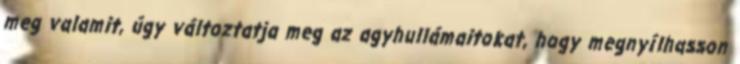
meg valamit, úgy változtatja meg az agyhullámaitokat, hogy megnyílhasson